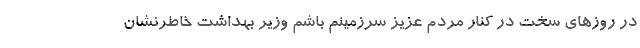
در روزهای سخت در کنار مردم عزیز سرزمینم باشم وزیر بهداشت خاطرنشان